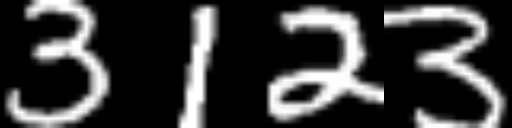
Text: 3123